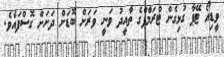
ވީޑިއޯ ޓޭޕާ ގުޅިގެން ޓްރަމްޕްގެ ތާއީދު ވަނީ ވަރަށް ބޮޑަށް ދަށަށް ގޮސްފައެވެ.